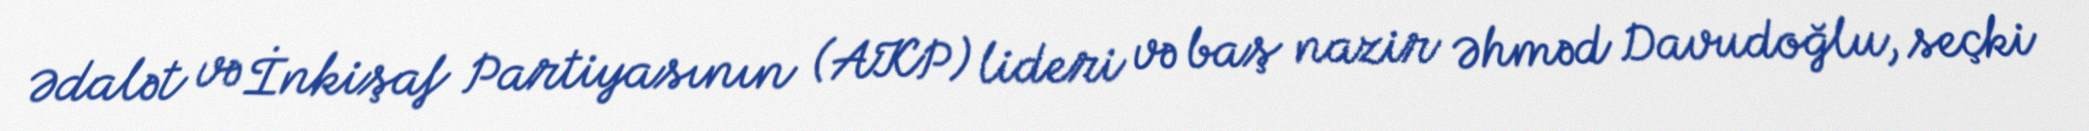
Ədalət və İnkişaf Partiyasının (AKP) lideri və baş nazir Əhməd Davudoğlu, seçki